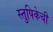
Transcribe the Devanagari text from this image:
स्तुपिकेची